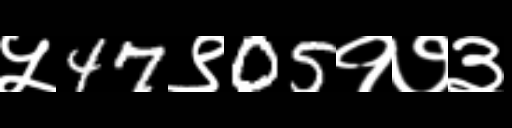
Text: ५47९05१७३